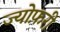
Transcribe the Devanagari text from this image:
ज्योफ़री